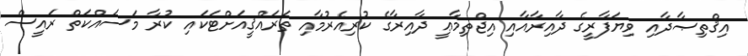
އިޤްތިޞާދާއި ވިޔަފާރީގެ ދާއިރާއާއި އިޖްތިމާޢީ ދާއިރާގެ ކުރިއެރުމާއި ތަރައްޤީއަށްޓަކައި ކުރާ މަސައްކަތް ރައީސް